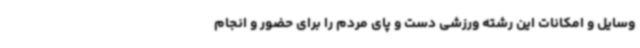
وسایل و امکانات این رشته ورزشی دست و پای مردم را برای حضور و انجام